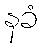
နခံ